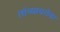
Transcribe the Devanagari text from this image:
तांब्याबरोबर